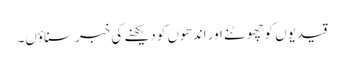
قیدیوں کوچھوٹنے اور اندھوں کو دیکھنے کی خبر سناؤں۔